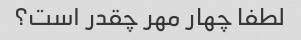
لطفا چهار مهر چقدر است؟